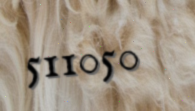
511050